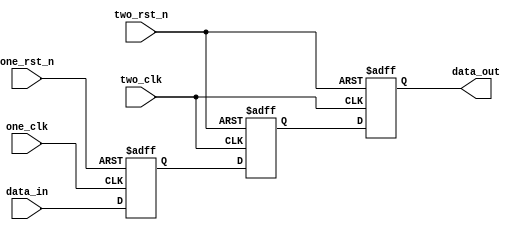
`timescale 1ns / 1ps

////////////////////////////////////////////////////////////////////////////
//
// Munya Kaudani
// CDC FIFO two flip flop synchronizer
//
////////////////////////////////////////////////////////////////////////////

module two_flip_flop_sync(
			  input wire	   one_clk,
			  input wire	   two_clk,
			  input wire	   one_rst_n,
			  input wire	   two_rst_n,
			  input wire [3:0] data_in,
			  output reg [3:0] data_out
			  );

   //internal registers
   reg [3:0]				     data_out_internal;
   reg [3:0]				     data_in_internal;

   //sequential logic for one_clk
   always @(posedge one_clk or negedge one_rst_n)
     begin
	if(one_rst_n == 1'b0)begin
	   data_in_internal <= 4'b0000;
	end else begin
	   data_in_internal <= data_in;
	end
     end

   //sequential logic for two_clk
   always @(posedge two_clk or negedge two_rst_n)
     begin
	if(two_rst_n == 1'b0)begin
	   data_out_internal <= 4'b0000;
	   data_out <= 4'b0000;
	end else begin
	   data_out_internal <= data_in_internal;
	   data_out <= data_out_internal;
        end
     end

endmodule // two_flip_flop_sync